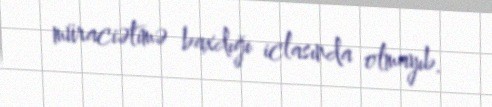
müraciətimə baxdığı iclasında olmayıb.